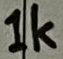
Text: 1k